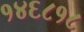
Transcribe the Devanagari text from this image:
१४६८१८